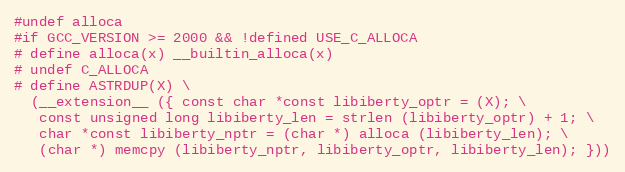
Language: C
#undef alloca
#if GCC_VERSION >= 2000 && !defined USE_C_ALLOCA
# define alloca(x) __builtin_alloca(x)
# undef C_ALLOCA
# define ASTRDUP(X) \
  (__extension__ ({ const char *const libiberty_optr = (X); \
   const unsigned long libiberty_len = strlen (libiberty_optr) + 1; \
   char *const libiberty_nptr = (char *) alloca (libiberty_len); \
   (char *) memcpy (libiberty_nptr, libiberty_optr, libiberty_len); }))